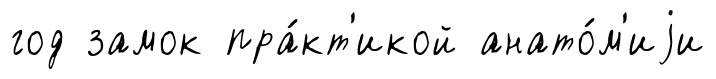
год замок пра́кт'икой анато́м'иjи